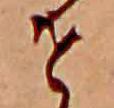
せ